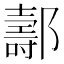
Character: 𨞪